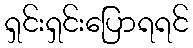
ရှင်းရှင်းပြောရရင်